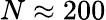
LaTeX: N\approx 200